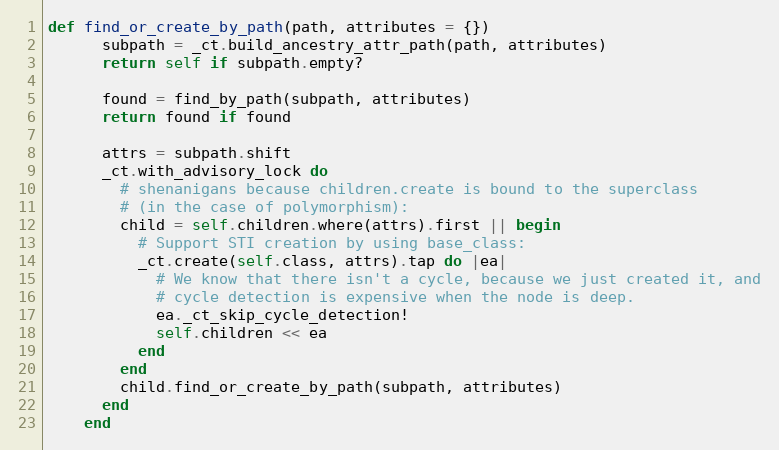
Language: Ruby
def find_or_create_by_path(path, attributes = {})
      subpath = _ct.build_ancestry_attr_path(path, attributes)
      return self if subpath.empty?

      found = find_by_path(subpath, attributes)
      return found if found

      attrs = subpath.shift
      _ct.with_advisory_lock do
        # shenanigans because children.create is bound to the superclass
        # (in the case of polymorphism):
        child = self.children.where(attrs).first || begin
          # Support STI creation by using base_class:
          _ct.create(self.class, attrs).tap do |ea|
            # We know that there isn't a cycle, because we just created it, and
            # cycle detection is expensive when the node is deep.
            ea._ct_skip_cycle_detection!
            self.children << ea
          end
        end
        child.find_or_create_by_path(subpath, attributes)
      end
    end